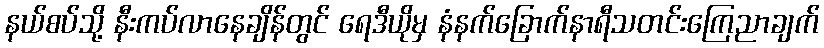
နယ်စပ်သို့ နီးကပ်လာနေချိန်တွင် ရေဒီယိုမှ နံနက်ခြောက်နာရီသတင်းကြေညာချက်